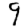
Digit: 9